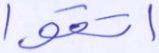
اتقوا